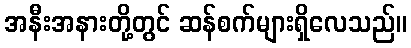
အနီးအနားတို့တွင် ဆန်စက်များရှိလေသည်။